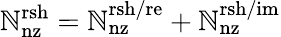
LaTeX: \mathbb{N}_{\mathrm{{nz}}}^{\mathrm{{rsh}}}=\mathbb{N}_{\mathrm{{nz}}}^{\mathrm{{rsh/re}}}+\mathbb{N}_{\mathrm{{nz}}}^{\mathrm{{rsh/im}}}